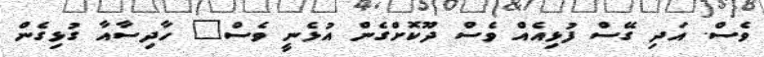
ވެސް. އަދި ގޭސް ފުޅިއެއް ވެސް ދޫކޮށްގެން އުޅެނީ ވެސް" ހާދިސާއާ ގުޅިގެން